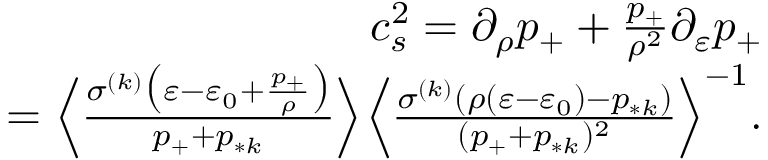
\begin{array} { r } { c _ { s } ^ { 2 } = \partial _ { \rho } p _ { + } + \frac { p _ { + } } { \rho ^ { 2 } } \partial _ { \varepsilon } p _ { + } } \\ { = \Big \langle \frac { \sigma ^ { ( k ) } \big ( \varepsilon - \varepsilon _ { 0 } + \frac { p _ { + } } { \rho } \big ) } { p _ { + } + p _ { * k } } \Big \rangle \Big \langle \frac { \sigma ^ { ( k ) } ( \rho ( \varepsilon - \varepsilon _ { 0 } ) - p _ { * k } ) } { ( p _ { + } + p _ { * k } ) ^ { 2 } } \Big \rangle ^ { - 1 } . } \end{array}